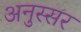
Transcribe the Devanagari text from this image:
अनुस्सर